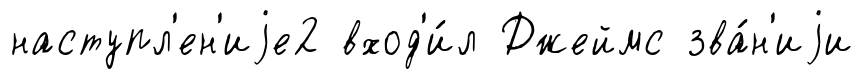
наступл'ен'иjе2 вход'и́л Джеймс зва́н'иjи